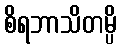
စိရဘာသိတမ္ပိ